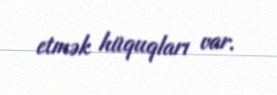
etmək hüquqları var.